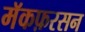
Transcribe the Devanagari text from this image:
मॅकफ़रसन